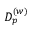
D _ { p } ^ { ( w ) }